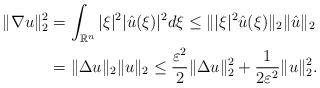
LaTeX: \begin{align*}\|\nabla u\|_2^2& = \int_{\mathbb{R}^n}|\xi|^2|\hat{u}(\xi)|^2d\xi \leq \||\xi|^2\hat{u}(\xi)\|_2 \|\hat{u}\|_2 \\& = \|\Delta u\|_2 \|u\|_2 \leq \frac{\varepsilon^2}{2}\|\Delta u\|_2^2 + \frac{1}{2\varepsilon^2}\|u\|_2^2.\end{align*}